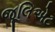
જૂલિએટ